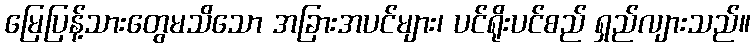
မြေပြန့်သားတွေမသိသော အခြားအပင်များ၊ ပင်ရိုးပင်စည် ရှည်လျားသည်။